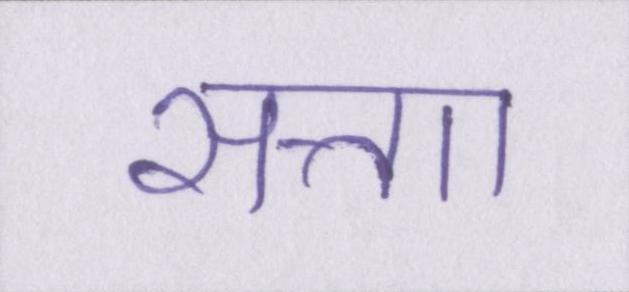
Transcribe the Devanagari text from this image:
सत्ताा